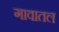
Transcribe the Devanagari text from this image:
गावातल